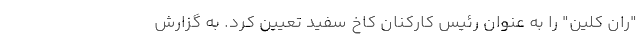
"ران کلین" را به عنوان رئیس کارکنان کاخ سفید تعیین کرد. به گزارش